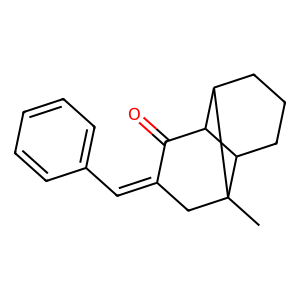
SMILES: CC12CC(=Cc3ccccc3)C(=O)C3C1CCCC32
Inhibits HIV replication: No